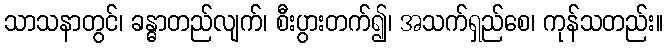
သာသနာတွင်၊ ခန္ဓာတည်လျက်၊ စီးပွားတက်၍၊ အသက်ရှည်စေ၊ ကုန်သတည်း။